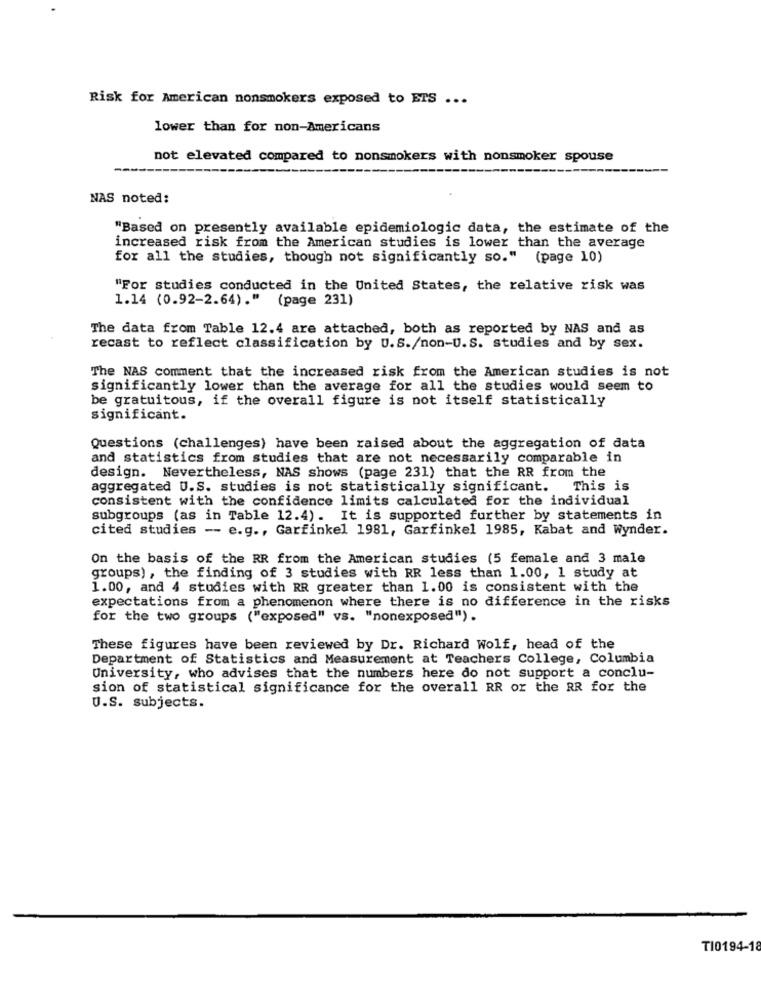
Risk for American nonsmokers exposed to ETS ...
lower than for non-Americans
not elevated compared to nonsmokers with nonsmoker spouse
NAS noted:
"Based on presently available epidemiologic data, the estimate of the
increased risk from the American studies is lower than the average
for all the studies, though not significantly so." (page 10)
"For studies conducted in the United States, the relative risk was
1.14 (0.92-2.64)." (page 231)
The data from Table 12.4 are attached, both as reported by NAS and as
recast to reflect classification by U.S./non-U.S. studies and by sex.
The NAS comment that the increased risk from the American studies is not
significantly lower than the average for all the studies would seem to
be gratuitous, if the overall figure is not itself statistically
significant.
Questions (challenges) have been raised about the aggregation of data
and statistics from studies that are not necessarily comparable in
design. Nevertheless, NAS shows (page 231) that the RR from the
aggregated U.S. studies is not statistically significant. This is
consistent with the confidence limits calculated for the individual
subgroups (as in Table 12.4). It is supported further by statements in
cited studies -- e.g ., Garfinkel 1981, Garfinkel 1985, Kabat and Wynder.
On the basis of the RR from the American studies (5 female and 3 male
groups) , the finding of 3 studies with RR less than 1.00, 1 study at
1.00, and 4 studies with RR greater than 1.00 is consistent with the
expectations from a phenomenon where there is no difference in the risks
for the two groups ("exposed" vs. "nonexposed").
These figures have been reviewed by Dr. Richard Wolf, head of the
Department of Statistics and Measurement at Teachers College, Columbia
University, who advises that the numbers here do not support a conclu-
sion of statistical significance for the overall RR or the RR for the
U.S. subjects.
TI0194-18